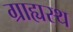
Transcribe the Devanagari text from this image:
ग्राह्यस्थ